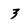
Character: 3